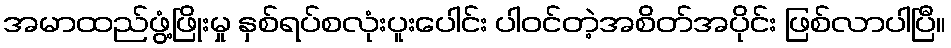
အမာထည်ဖွံ့ဖြိုးမှု နှစ်ရပ်စလုံးပူးပေါင်း ပါဝင်တဲ့အစိတ်အပိုင်း ဖြစ်လာပါပြီ။